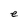
Character: e